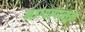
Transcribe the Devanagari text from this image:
नाग्यापासून